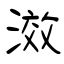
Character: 滧